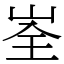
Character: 峑